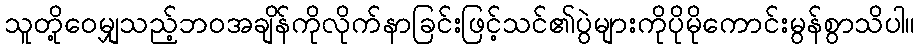
သူတို့ဝေမျှသည့်ဘဝအချိန်ကိုလိုက်နာခြင်းဖြင့်သင်၏ပွဲများကိုပိုမိုကောင်းမွန်စွာသိပါ။